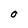
Character: O